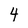
Character: 4